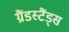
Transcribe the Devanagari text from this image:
ग्रैंडस्टैंड्स